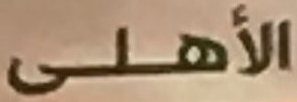
الأهلى